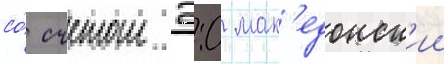
со́ счетом 2:0 мак'едонск'ии